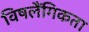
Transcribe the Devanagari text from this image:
विषलैंगिकता